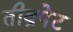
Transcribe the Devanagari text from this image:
तीव्रपेट